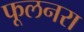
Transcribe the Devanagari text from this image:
फूलनरा